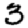
Digit: 3